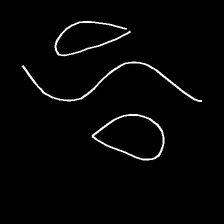
Glyph: water